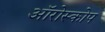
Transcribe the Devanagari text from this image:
ऑरोस्कोप